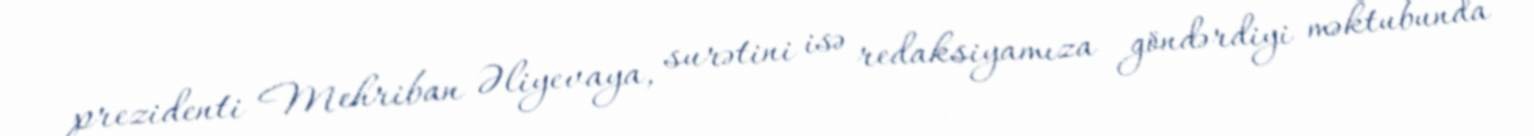
prezidenti Mehriban Əliyevaya, surətini isə redaksiyamıza göndərdiyi məktubunda